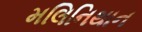
મલિનિથાન